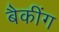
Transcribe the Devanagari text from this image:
बैकींग